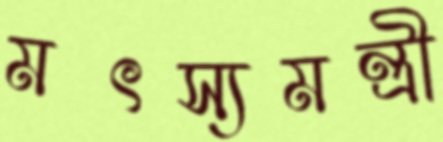
মৎস্যমন্ত্রী